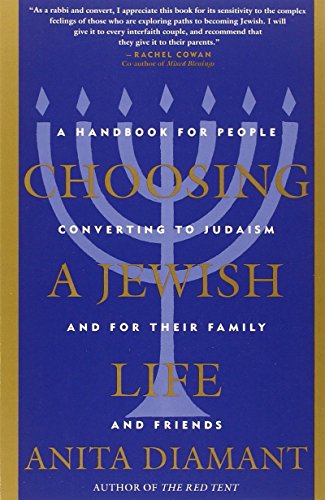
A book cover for Choosing a Jewish Life: A Handbook for People Converting to Judaism and for Their Family and Friends; Anita Diamant; Religion & Spirituality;